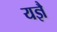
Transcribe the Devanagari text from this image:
यज्ञै